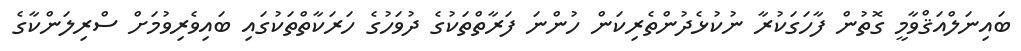
ބައިނަލްއަޤްވާމީ ގޮތުން ފާހަގަކުރާ ނުކުޅެދުންތެރިކަން ހުންނަ ފަރާތްތަކުގެ ދުވަހުގެ ހަރަކާތްތަކުގައި ބައިވެރިވުމަށް ސްރިލަންކާގެ